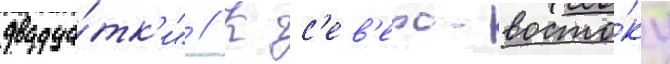
двадца́тк'и" // К с'ев'еро-восто́ку